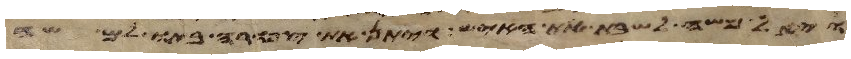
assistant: ויאל משה לשבת את האיש ויתן את צפורה בתו למשה